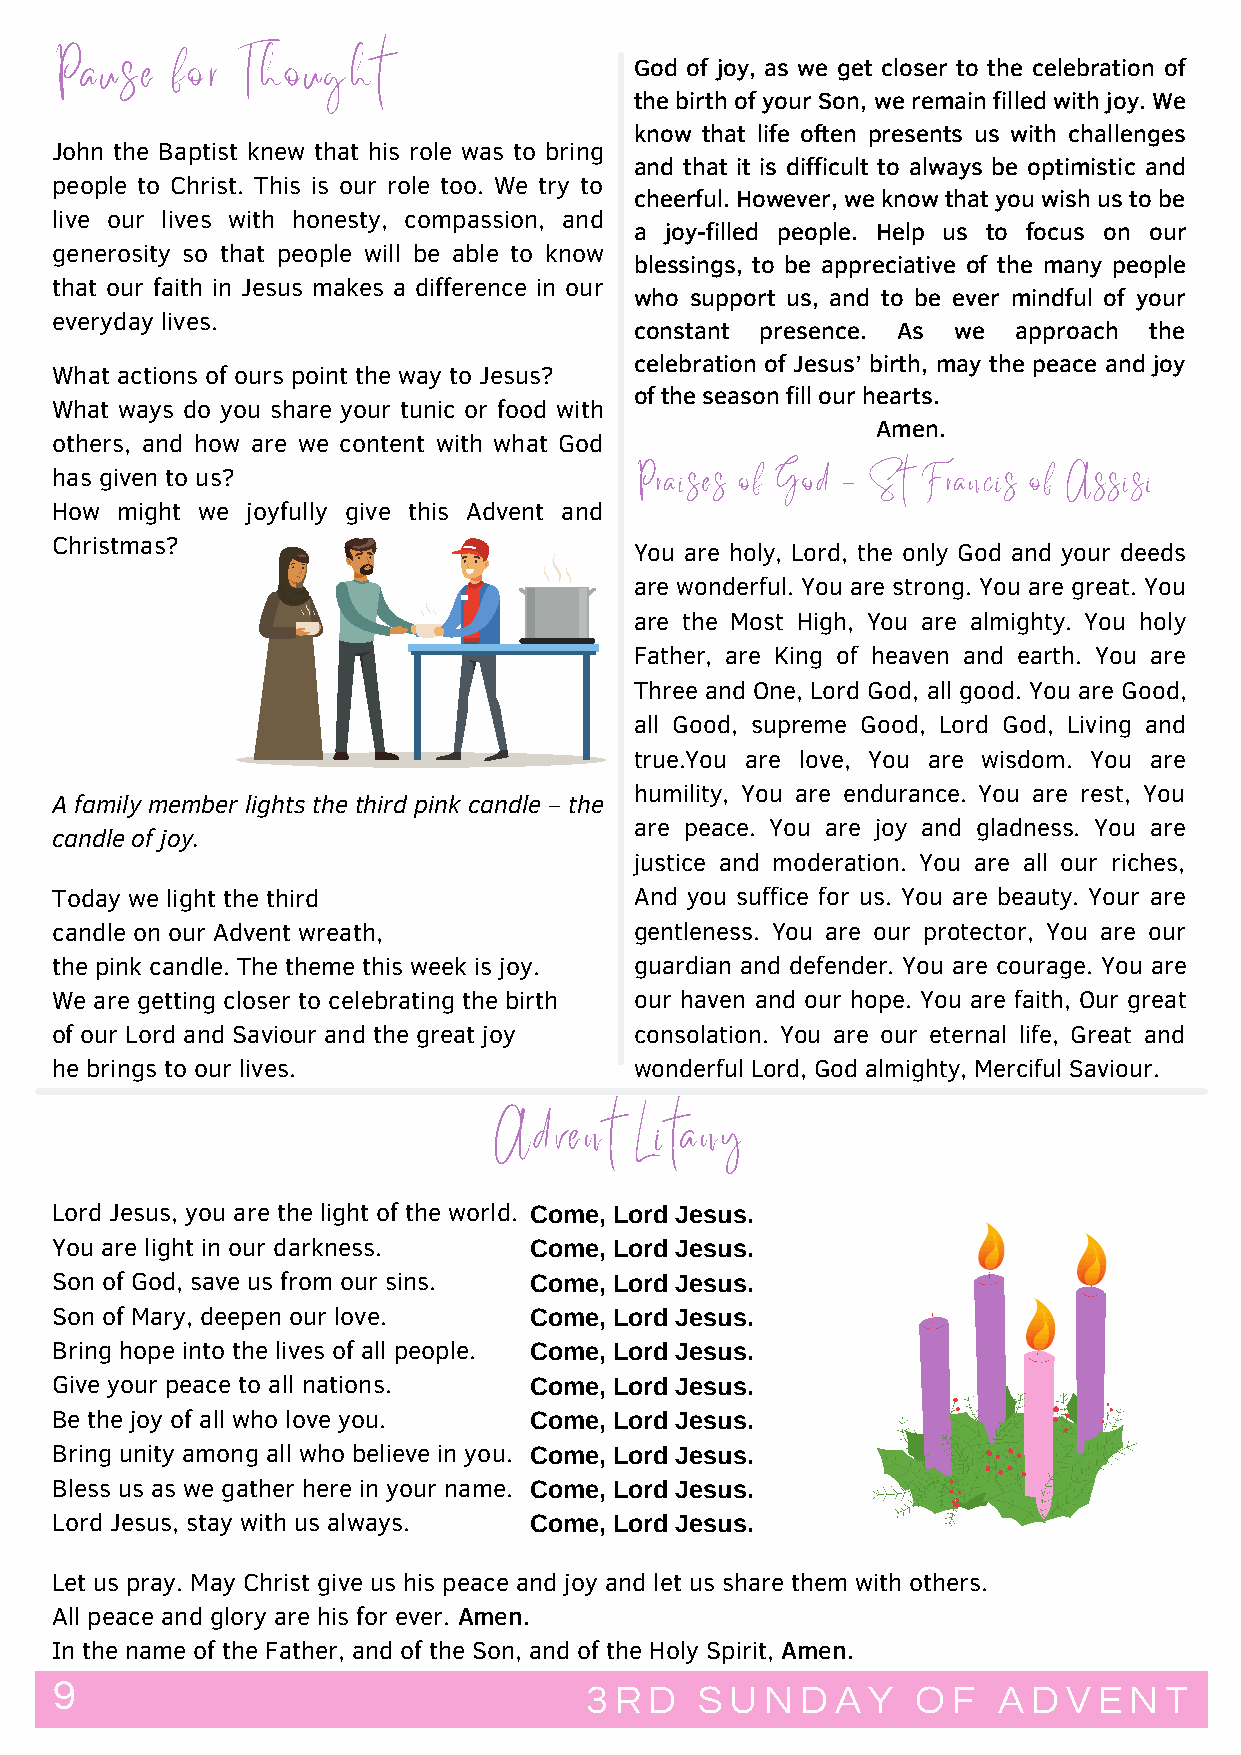
Pause   for  Thought                   God of joy, as we get closer to the celebration of
 the birth of your Son, we remain filled with joy. We
 know that life often presents us with challenges
 John the Baptist knew that his role was to bring
 and that it is difficult to always be optimistic and
 people to Christ. This is our role too. We try to
 cheerful. However, we know that you wish us to be
 live our lives with honesty, compassion, and
 a joy-filled people. Help us to focus on our
 generosity so that people will be able to know
 blessings, to be appreciative of the many people
 that our faith in Jesus makes a difference in our
 who support us, and to be ever mindful of your
 everyday lives.
 constant presence. As we approach the
 celebration of Jesus’ birth, may the peace and joy
 What actions of ours point the way to Jesus?
 of the season fill our hearts.
 What ways do you share your tunic or food with
 Amen.
 others, and how are we content with what God
 has given to us?                       Praises of God - St Francis of Assisi
 How  might we joyfully give this Advent and
 Christmas?
 You are holy, Lord, the only God and your deeds
 are wonderful. You are strong. You are great. You
 are the Most High, You are almighty. You holy
 Father, are King of heaven and earth. You are
 Three and One, Lord God, all good. You are Good,
 all Good, supreme Good, Lord God, Living and
 true.You are love, You are wisdom. You are
 humility, You are endurance. You are rest, You
 A family member lights the third pink candle – the
 are peace. You are joy and gladness. You are
 candle of joy.
 justice and moderation. You are all our riches,
 Today we light the third               And you suffice for us. You are beauty. Your are
 candle on our Advent wreath,           gentleness. You are our protector, You are our
 the pink candle. The theme this week is joy. guardian and defender. You are courage. You are
 We are getting closer to celebrating the birth our haven and our hope. You are faith, Our great
 of our Lord and Saviour and the great joy consolation. You are our eternal life, Great and
 he brings to our lives.                wonderful Lord, God almighty, Merciful Saviour.
 Advent   Litany
 Lord Jesus, you are the light of the world. Come, Lord Jesus.
 You are light in our darkness.  Come, Lord Jesus.
 Son of God, save us from our sins. Come, Lord Jesus.
 Son of Mary, deepen our love.   Come, Lord Jesus.
 Bring hope into the lives of all people. Come, Lord Jesus.
 Give your peace to all nations. Come, Lord Jesus.
 Be the joy of all who love you. Come, Lord Jesus.
 Bring unity among all who believe in you. Come, Lord Jesus.
 Bless us as we gather here in your name. Come, Lord Jesus.
 Lord Jesus, stay with us always. Come, Lord Jesus.
 Let us pray. May Christ give us his peace and joy and let us share them with others.
 All peace and glory are his for ever. Amen.
 In the name of the Father, and of the Son, and of the Holy Spirit, Amen.
 9                                  3 R D  S U  N D A Y   O F  A D  V E N T